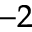
^ { - 2 }